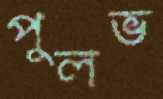
পুলভ